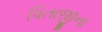
પિતાજીના